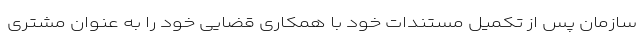
سازمان پس از تکمیل مستندات خود با همکاری قضایی خود را به عنوان مشتری